Madras plague regulations and rules for district municipalities and other towns and villages
Disease focus: Plague
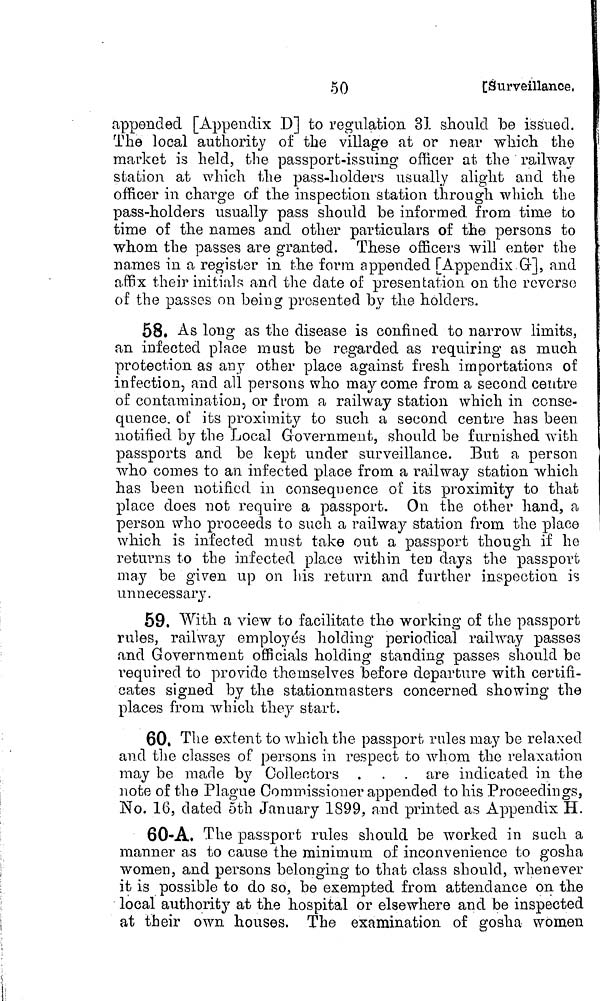
50
[Surveillance,
appended [Appendix D] to regulation 31 should be issued.
The local authority of the village at or near which the
market is held, the passport-issuing officer at the railway
station at which the pass-holders usually alight and the
officer in charge of the inspection station through which the
pass-holders usually pass should be informed from time to
time of the names and other particulars of the persons to
whom the passes are granted. These officers will enter the
names in a register in the form appended [Appendix G], and
affix their initials and the date of presentation on the reverse
of the passes on being presented by the holders.
58. As long as the disease is confined to narrow limits,
an infected place must be regarded as requiring as much
protection as any other place against fresh importations of
infection, and all persons who may come from a second centre
of contamination, or from a railway station which in conse-
quence, of its proximity to such a second centre has been
notified by the Local Government, should be furnished with
passports and be kept under surveillance. But a person
who comes to an infected place from a railway station which
has been notified in consequence of its proximity to that
place does not require a passport. On the other hand, a
person who proceeds to such a railway station from the place
which is infected must take out a passport though if he
returns to the infected place within ten days the passport
may be given up on his return and further inspection is
unnecessary.
59. With a view to facilitate the working of the passport
rules, railway employés holding periodical railway passes
and Government officials holding standing passes should be
required to provide themselves before departure with certifi-
cates signed by the stationmasters concerned showing the
places from which they start.
60. The extent to which the passport rules may be relaxed
and the classes of persons in respect to whom the relaxation
may be made by Collectors . . . are indicated in the
note of the Plague Commissioner appended to his Proceedings,
No. 16, dated 5th January 1899, and printed as Appendix H.
60-A. The passport rules should be worked in such a
manner as to cause the minimum of inconvenience to gosha
women, and persons belonging to that class should, whenever
it is possible to do so, be exempted from attendance on the
local authority at the hospital or elsewhere and be inspected
at their own houses. The examination of gosha women